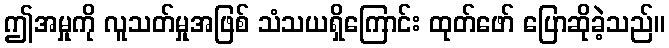
ဤအမှုကို လူသတ်မှုအဖြစ် သံသယရှိကြောင်း ထုတ်ဖော် ပြောဆိုခဲ့သည်။